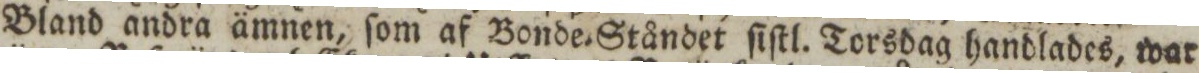
Bland andra ämnen, ſom af Bonde=Ståndet ſiſtl. Torsdag handlades, war